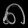
Digit: ၈